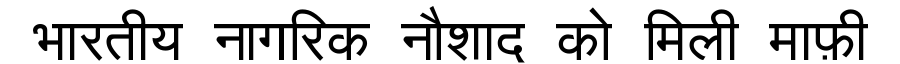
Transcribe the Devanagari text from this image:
भारतीय नागरिक नौशाद को मिली माफ़ी